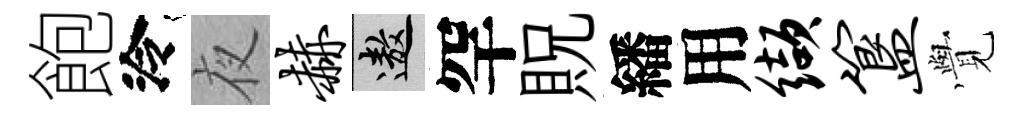
飽泠夜赫遨罕貺繙用缬簋𮗜